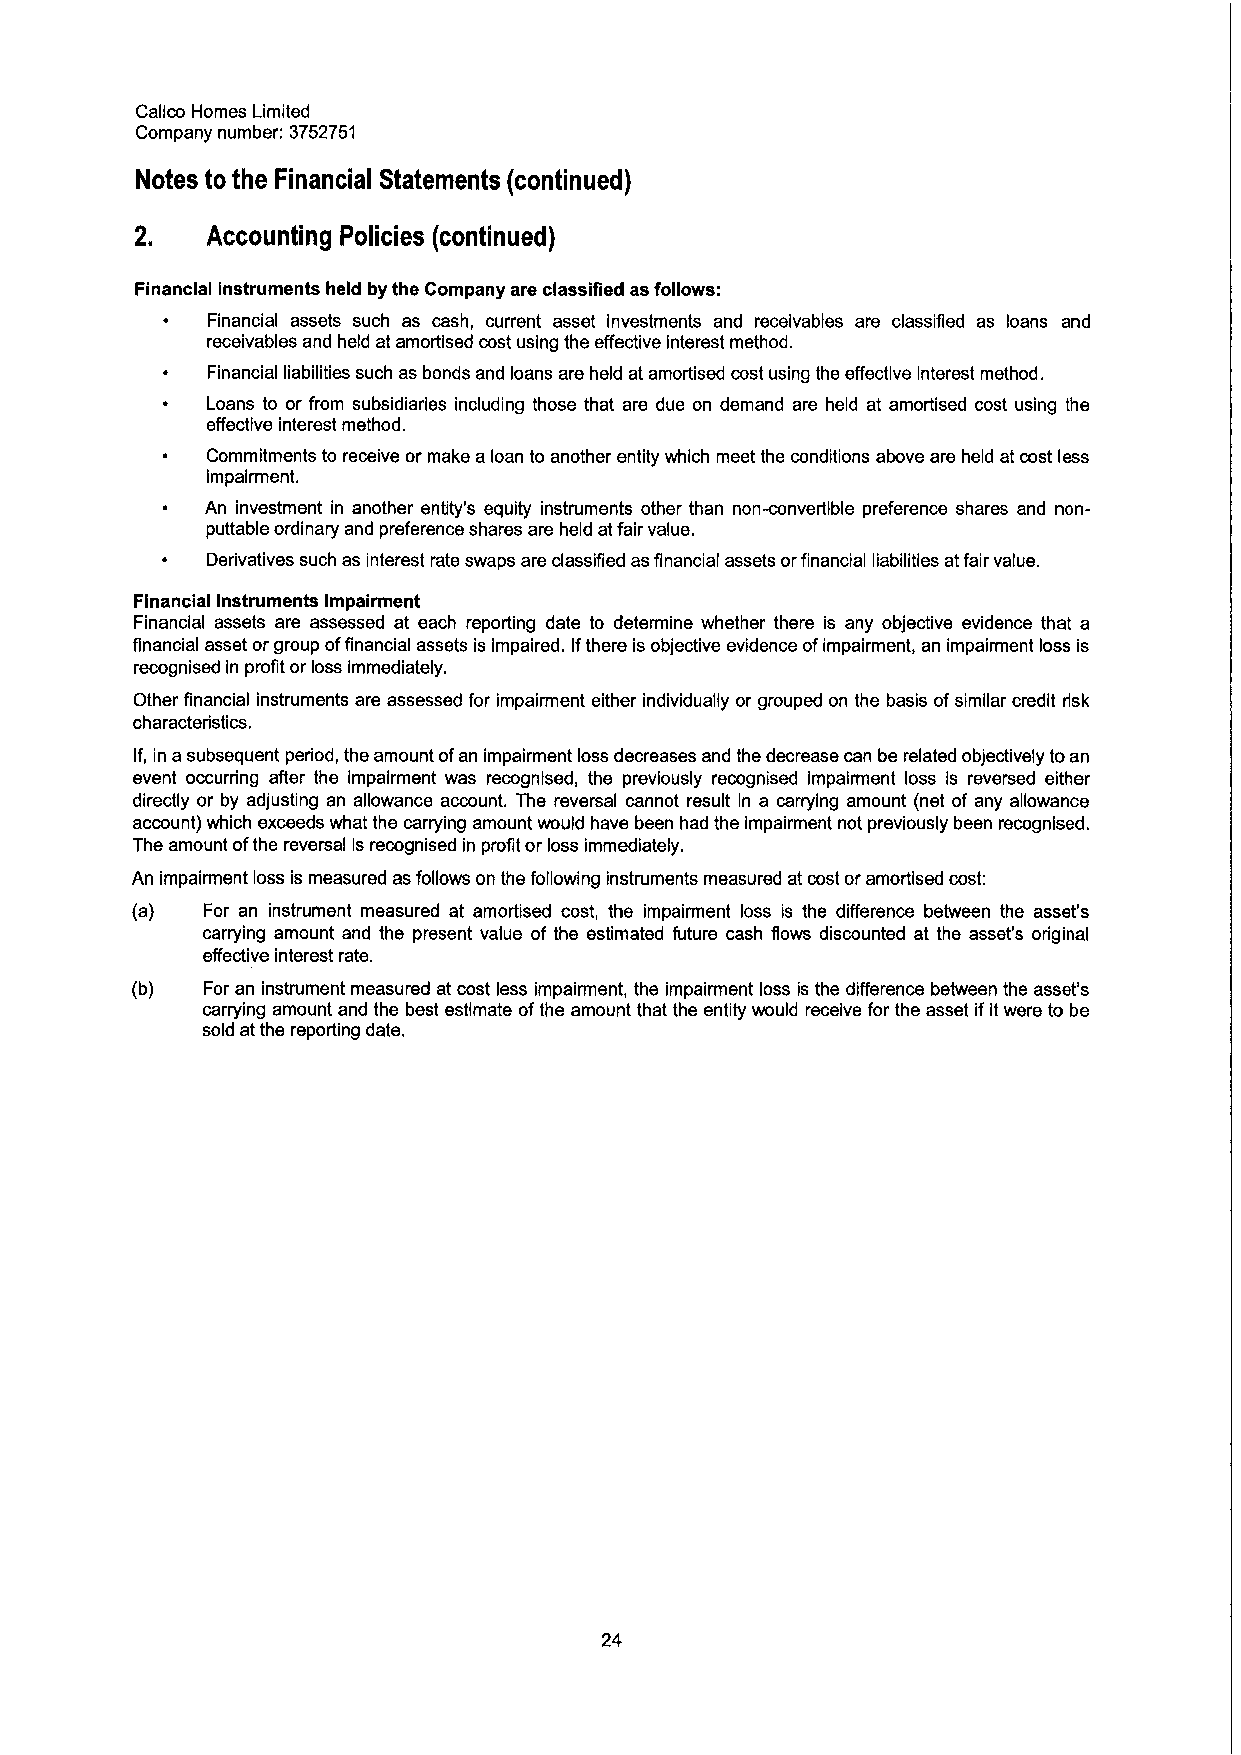
Calico Homes Limited
 Company number: 3752751
 Notes to the Financial Statements (continued)
 2.   Accounting Policies (continued)
 Financial instruments held by the Company are classified as follows."
 ~  Financial assets such as cash, current asset investments and receivables are classified as loans and
 receivables and held at amortised cost using the effective interest method.
 ~  Financial liabilities such as bonds and loans are held at amortised cost using the effective interest method.
 ~  Loans to or from subsidiaries including those that are due on demand are held at amortised cost using the
 effective interest method.
 ~  Commitments to receive or make a loan to another entity which meet the conditions above are held at cost less
 impairment.
 ~  An investment in another entity's equity instruments other than non-convertible preference shares and non-
 puttable ordinary and preference shares are held atfair value.
 ~  Derivatives such as interest rate swaps are classified asfinancial assets orfinancial liabilities atfair value.
 Financial Instruments Impairment
 Financial assets are assessed at each reporting date to determine whether there is any objective evidence that a
 financial asset orgroup offinancial assets is impaired. Ifthere is objective evidence ofimpairment, an impairment loss is
 recognised in profit or loss immediately.
 Other financial instruments are assessed for impairment either individually or grouped on the basis ofsimilar credit risk
 characteristics.
 If, in asubsequent period, the amount ofan impairment loss decreases and the decrease can be related objectively toan
 event occurring after the impairment was recognised, the previously recognised impairment loss is reversed either
 directly or by adjusting an allowance account. The reversal cannot result In a carrying amount (net of any allowance
 account) which exceeds what the carrying amount would have been had the impairment not previously been recognised.
 The amount ofthe reversal is recognised in profit or loss immediately.
 An impairment loss is measured as follows on the following instruments measured at cost or amortised cost:
 (a) For an instrument measured at amortised cost, the impairment loss is the difference between the asset's
 carrying amount and the present value of the estimated future cash flows discounted at the asset's original
 effective interest rate.
 (b) For an instrument measured at cost less impairment, the impairment loss is the difference between the asset's
 carrying amount and the best estimate ofthe amount that the entity would receive for the asset ifit were to be
 sold at the reporting date.
 24